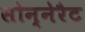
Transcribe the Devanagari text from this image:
सोन्नेरैट